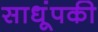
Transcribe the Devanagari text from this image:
साधूंपकी